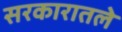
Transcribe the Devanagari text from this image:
सरकारातले